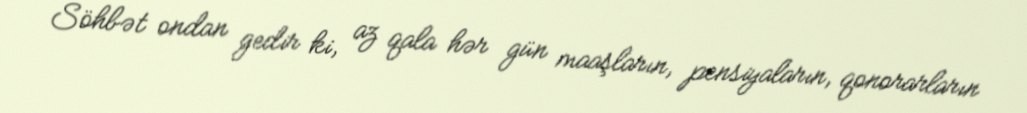
Söhbət ondan gedir ki, az qala hər gün maaşların, pensiyaların, qonorarların